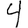
Digit: 4